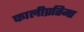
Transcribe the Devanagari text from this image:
कालीप्रतिमा